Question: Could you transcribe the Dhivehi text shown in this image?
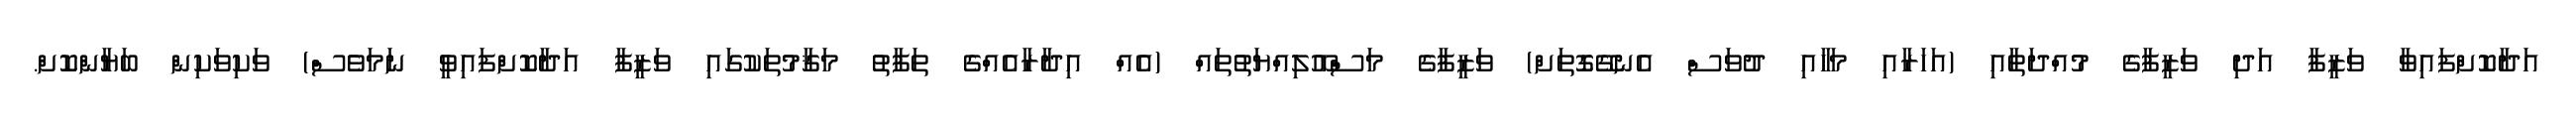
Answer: އަދާކޮށްފައިވާ ވަޒީފާ އަދި ވަޒީފާގެ މުއްދަތާއި (އަހަރާއި މަހާއި ދުވަސް އެނގޭގޮތަށް) ވަޒީފާގެ މަސްއޫލިއްޔަތުތައް (އެއް އިދާރާއެއްގެ ތަފާތު މަޤާމުތަކުގައި ވަޒީފާ އަދާކޮށްފައިވީ ނަމަވެސް) ވަކިވަކިން ބަޔާންކޮށް.